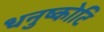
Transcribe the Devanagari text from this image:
धनुष्कोटि